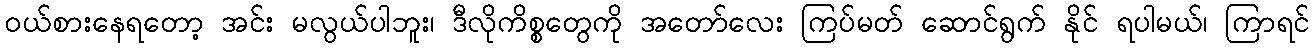
ဝယ်စားနေရတော့ အင်း မလွယ်ပါဘူး၊ ဒီလိုကိစ္စတွေကို အတော်လေး ကြပ်မတ် ဆောင်ရွက် နိုင် ရပါမယ်၊ ကြာရင်